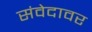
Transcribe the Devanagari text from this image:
संवेदावर